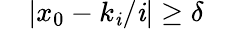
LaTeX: \quad|x_{0}-k_{\mathit{i}}/\mathit{i}|\geq\delta\quad